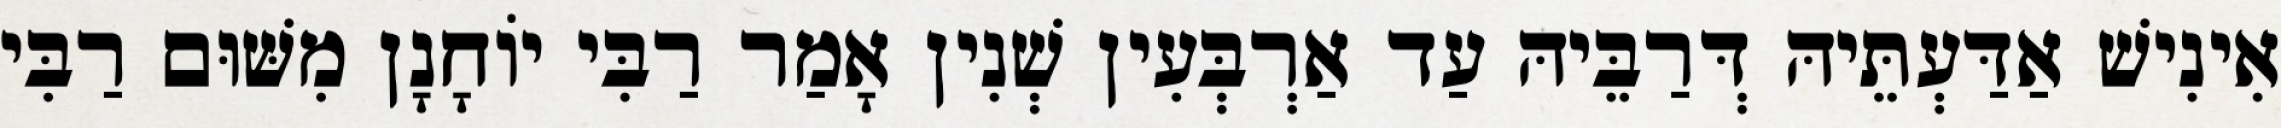
אִינִישׁ אַדַּעְתֵּיהּ דְּרַבֵּיהּ עַד אַרְבְּעִין שְׁנִין אָמַר רַבִּי יוֹחָנָן מִשּׁוּם רַבִּי